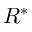
R ^ { * }